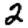
Digit: 2